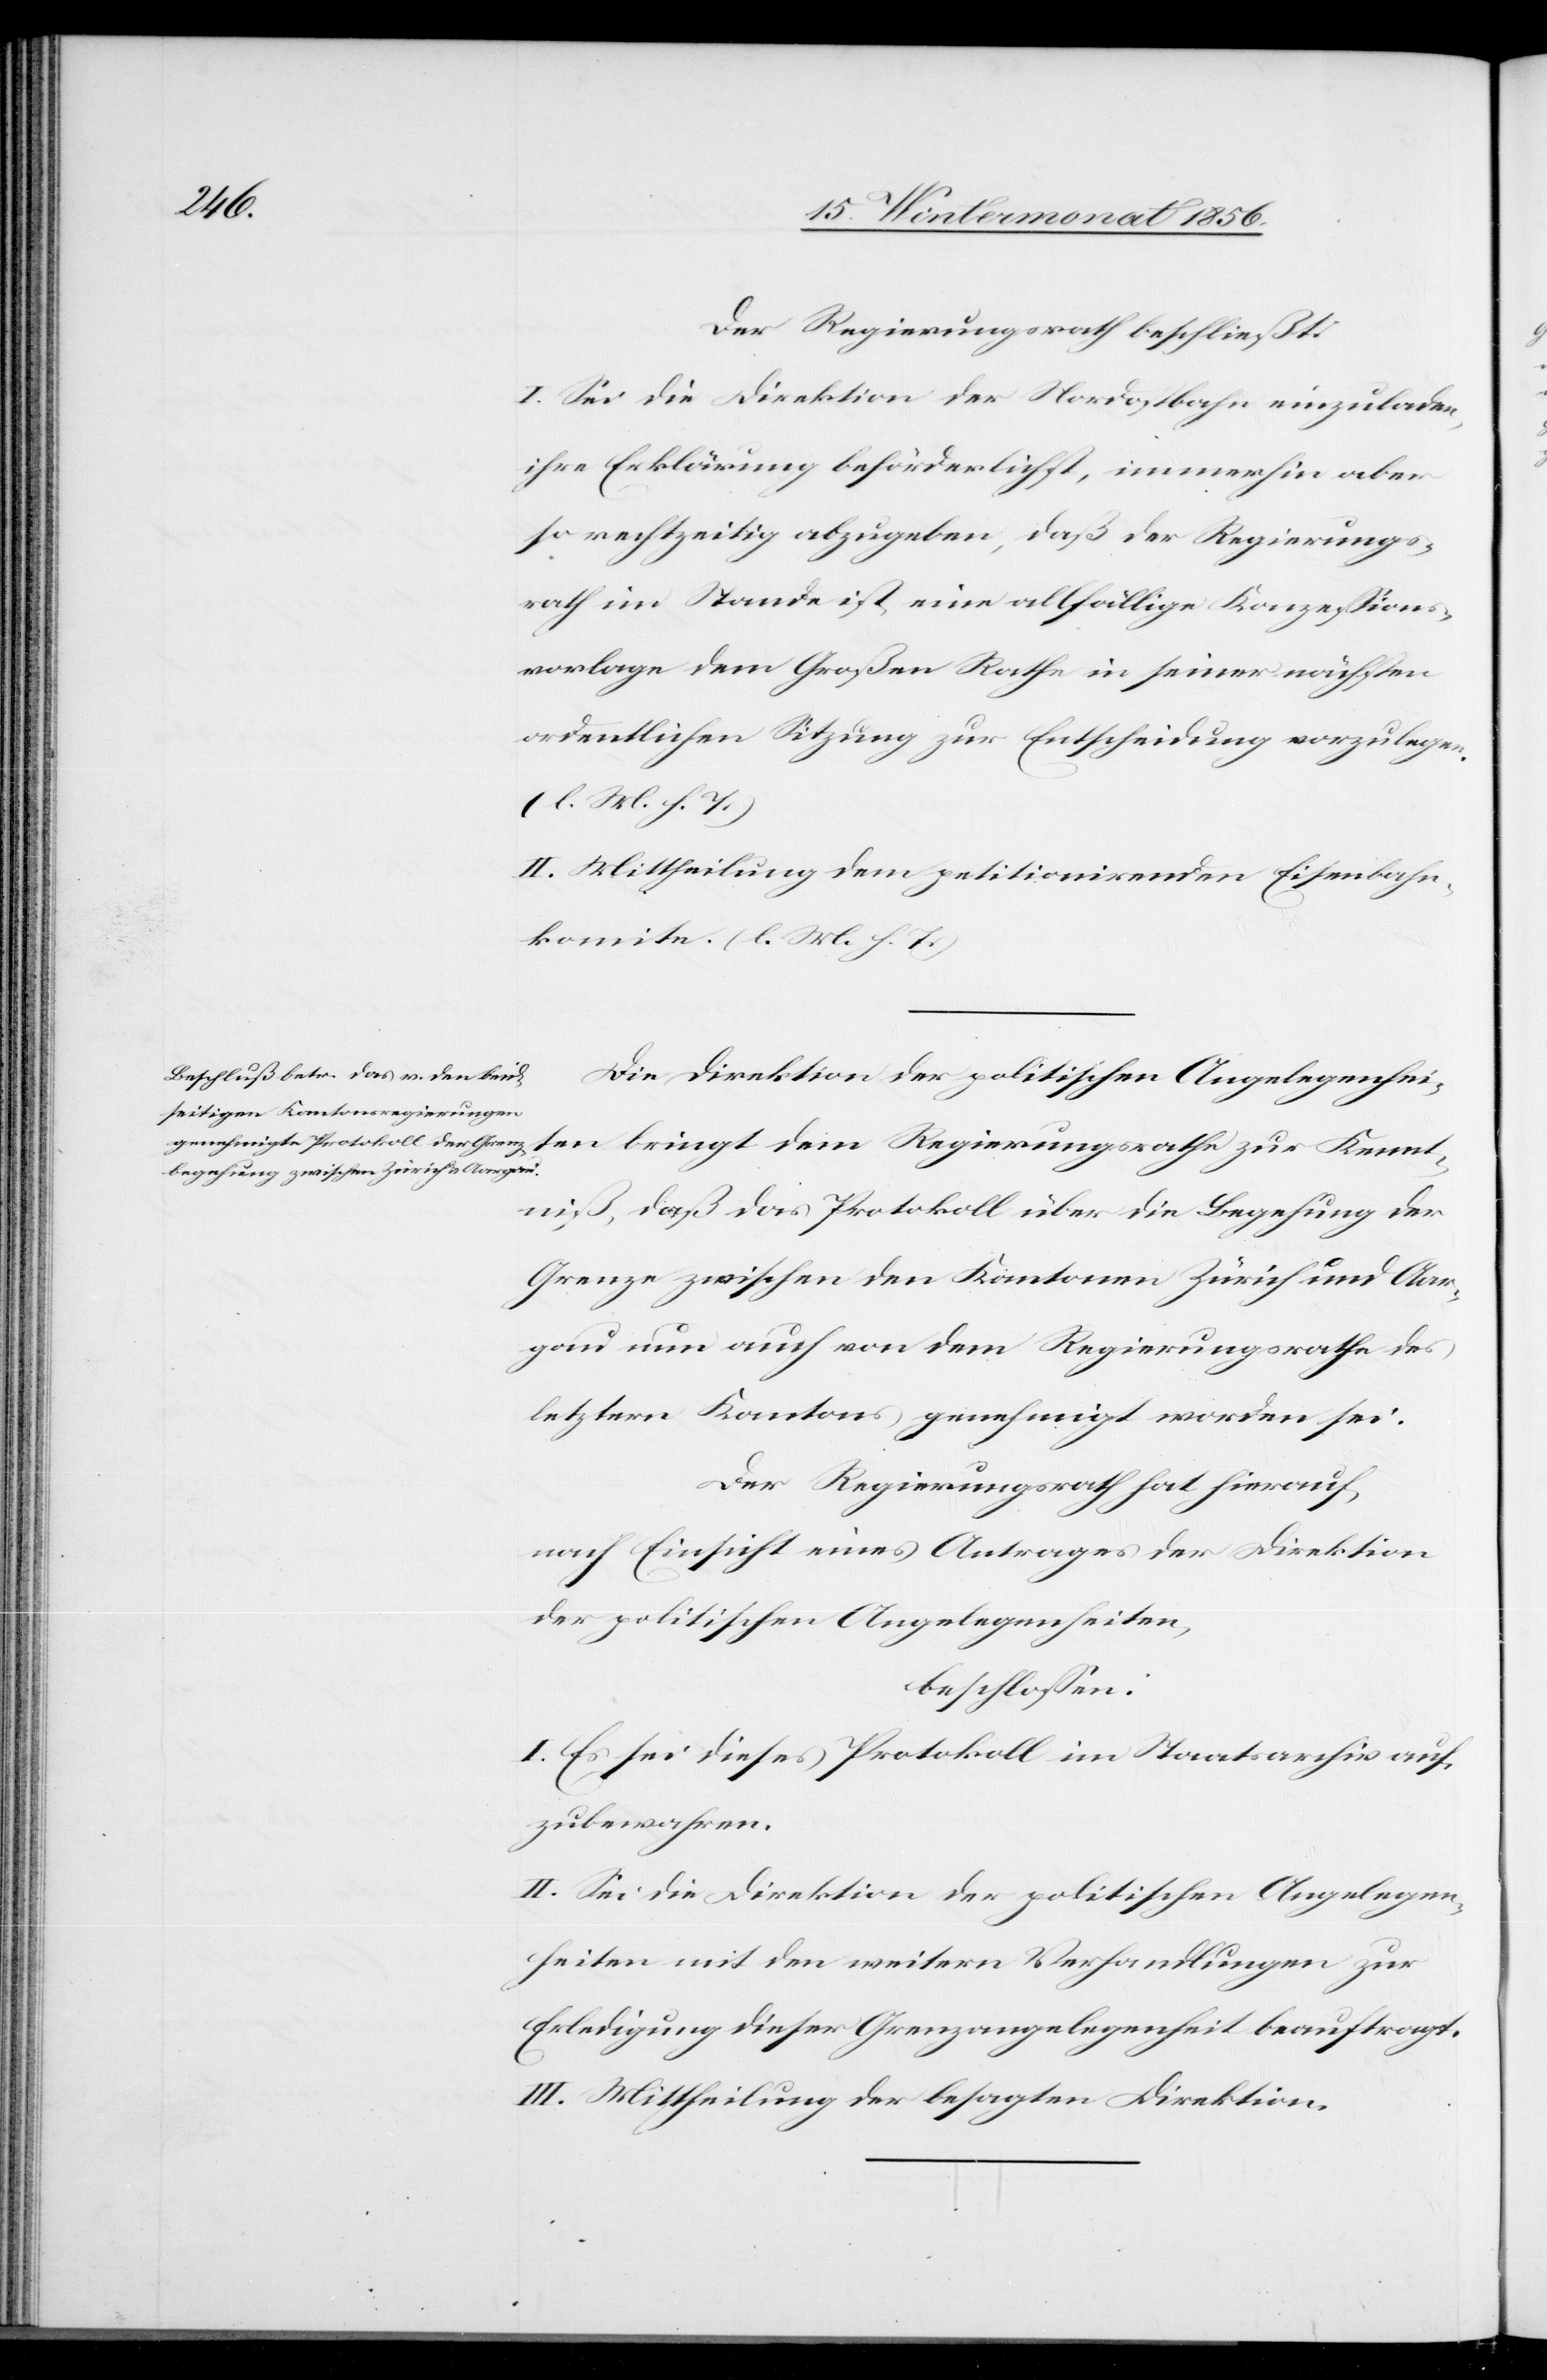
ten
Der Regierungsrath beschließt:
I. Sei die Direktion der Nordostbahn einzuladen,
ihre Erklärung beförderlichst, immerhin aber
so rechtzeitig abzugeben, daß der Regierungs¬
rath im Stande ist eine allfällige Konzessions¬
vorlage dem Großen Rathe in seiner nächsten
ordentlichen Sitzung zur Entscheidung vorzulegen.
(l. M. h. T.)
II. Mittheilung dem petitionirenden Eisenbahn¬
komite. (l. M. h. T.)
Die Direktion der politischen Angelegenhei¬
Regierungsrathe zur Kenntn¬
iß, daß das Protokoll über die Begehung der
Grenze zwischen den Kantonen Zürich und Aar¬
gau nun auch von dem Regierungsrathe des
letztern Kantons genehmigt worden sei.
Der Regierungsrath hat hierauf,
nach Einsicht eines Antrages der Direktion
der politischen Angelegenheiten,
beschlossen:
I. Es sei dieses Protokoll im Staatsarchiv auf¬
zubewahren.
II. Sei die Direktion der politischen Angelegen¬
heiten mit den weitern Verhandlungen zur
Erledigung dieser Grenzangelegenheit beauftragt.
III. Mittheilung der besagten Direktion.